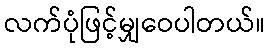
လက်ပုံဖြင့်မျှဝေပါတယ်။